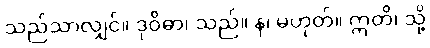
သည်သာလျှင်။ ဒုဝိဓာ၊ သည်။ န၊ မဟုတ်။ ဣတိ၊ သို့